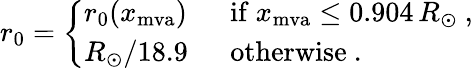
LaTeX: r_{0}=\left\{ \begin{array}{ll}{{r_{0}(x_{\mathrm{mva}})}}&{{\mathrm{\ \ if\ }x_{\mathrm{mva}}\leq 0.904\, R_{\odot}\ ,}}\\ {{R_{\odot}/18.9}}&{{\mathrm{\ \ otherwise}\ .}}\end{array}\right.